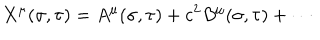
X ^ { \mu } ( { \sigma } , { \tau } ) = A ^ { \mu } ( { \sigma } , { \tau } ) + c ^ { 2 } B ^ { \mu } ( { \sigma } , { \tau } ) + \cdots